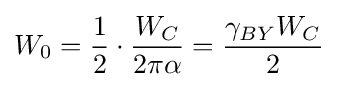
W_{0}={\frac {1}{2}}\cdot {\frac {W_{C}}{2\pi \alpha }}={\frac {\gamma _{BY}W_{C}}{2}}\